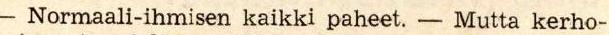
- Normaali-ihmisen kaikki paheet. - Mutta kerho-